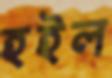
হইল